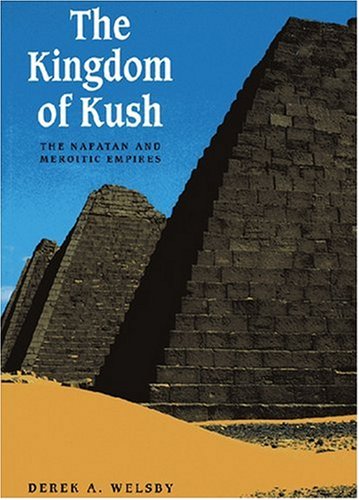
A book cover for The Kingdom of Kush: The Napatan and Meroitic Empires; D. A. Welsby; History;